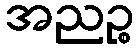
အညဉ္စ